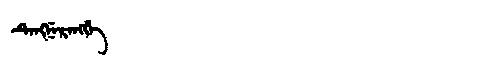
Manchu: ᡨᡝᠩᠨᡝᡵᡝᠩᡤᡝ
Romanization: TENGNERENGGE